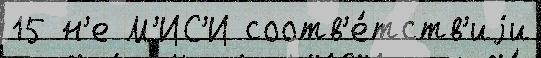
15 н'е М'ИС'И соотв'е́тств'иjи